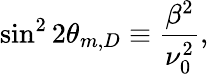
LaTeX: \sin^{2}2\theta_{m,D}\equiv\frac{\beta^{2}}{\nu_{0}^{2}},